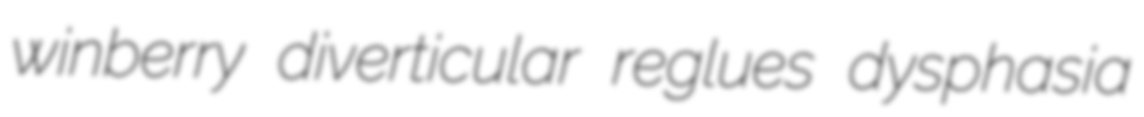
winberry diverticular reglues dysphasia